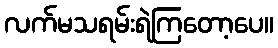
လက်မသရမ်းရဲကြတော့ပေ။